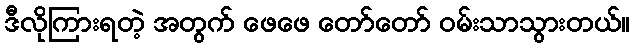
ဒီလိုကြားရတဲ့ အတွက် ဖေဖေ တော်တော် ဝမ်းသာသွားတယ်။